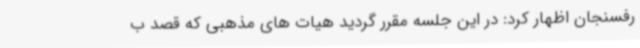
رفسنجان اظهار کرد: در این جلسه مقرر گردید هیات های مذهبی که قصد ب